Annual administration and progress report of the Indian Medical Department, Bombay
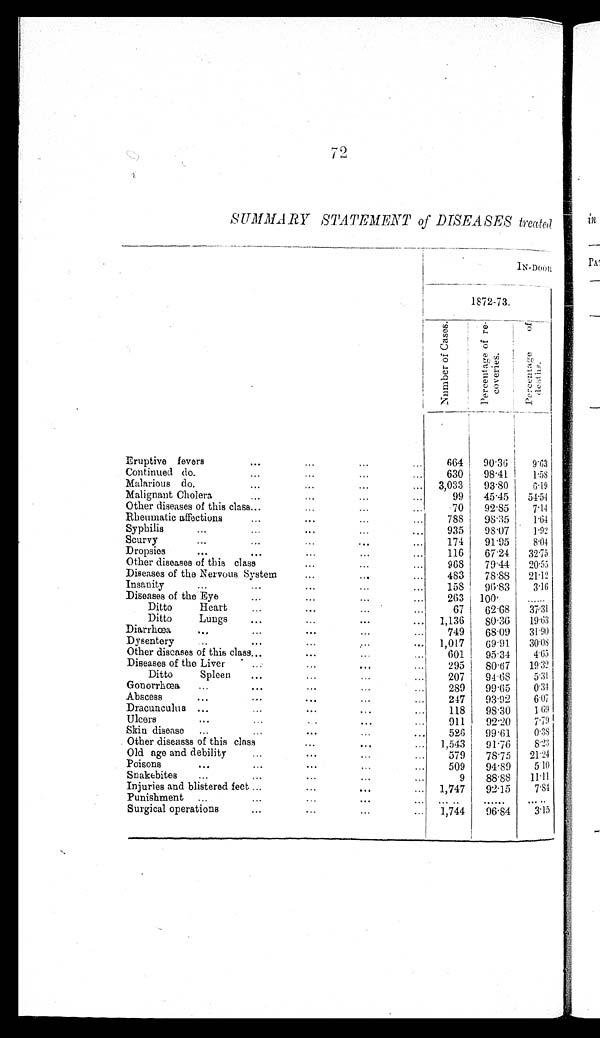
SUMMARY STATEMENT of DISEASES treated.
1N-DooR
1872-73.
Number of Cases.
P e r c e n t a g e o f r e c o v e r i e s .
p e r c e n t a g e o f d e a t h s .
Eruptive fevers
...
...
...
...
664
90.36
9.63
Continued do.
...
...
...
...
630
98.41
1.58
Malarious do.
. . .
. . .
...
... 3,033
93.80
6.19
Malignant Cholera
...
...
...
...
9 9
4 5 . 4 5
5 4 . 5 4
Other diseases of this class...
...
...
...
70
92.85
7.14
Rheumatic affections
...
...
...
...
788
98.35
1.64
Syphilis
. . .
...
...
. . . 935 98.07
1.92
Scurvy ...
...
. . .
...
...
174
91.95
8.04
Dropsies
...
...
...
...
...
116
67.24
32.75
Other diseases of this class
...
...
...
968
79.44
20.55
Diseases of the Nervous System
. . .
...
...
483
78.88
21.12
Insanity
...
...
...
...
...
158
96.83
3.16
Diseases of the Eye
...
...
...
...
263 100.
. . . . . .
Ditto
Heart
...
...
...
. . . 67
62.68
37.31
Ditto
Lungs
...
. . .
...
... 1,136
80.36
19.63
Diarrhœa
...
...
...
...
. . .
749
68.09 31.90
Dysentery
...
...
...
. . . ... 1,017
69.91
30•08
Other diseases of this class...
...
...
. . .
601
95.34
4.65
Diseases of the Liver
. . .
...
...
...
295
80.67
19.32
Ditto
Spleen
...
...
...
...
207
94.68
5.31
Gonorrhœa
...
...
. . .
. . . ...
289
99.65
0.34
Abscess
...
. . .
. . .
...
...
247
93.92
6.07
Dracunculus ...
...
...
...
...
118
98.30
1.69
Ulcers
...
...
. . .
...
...
911
92.20
7.79
Skin disease ...
...
. . .
...
...
526
99.61
0.38
Other diseasss of this class
. . .
...
... 1,543
91.76
8.23
Old age and debility
...
...
...
...
579
78.75
21.24
Poisons
...
. . .
. . .
...
...
509
94.89
5.10
Snakebites
...
. . .
. . .
...
...
9
88.88
11.11
Injuries and blistered feet ...
...
...
... 1,747
92.15
7.84
Punishment ...
...
. . .
...
... .....
......
.....
Surgical operations
...
...
...
... 1,744
96.84
3.15